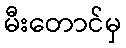
မီးတောင်မှ